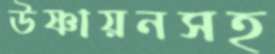
উষ্ণায়নসহ